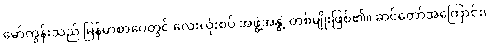
မော်ကွန်းသည် မြန်မာစာပေတွင် လေးလုံးစပ် အဖွဲ့အနွဲ့ တစ်မျိုးဖြစ်၏။ ဆင်တော်အကြောင်း၊